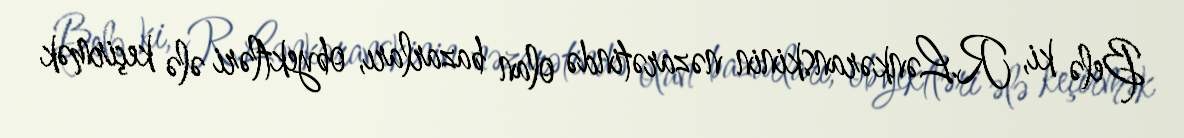
Belə ki, R.Lənkəranskinin nəzarətində olan bazarları, obyektləri ələ keçirmək